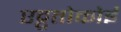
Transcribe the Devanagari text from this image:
एट्टूतोकोई